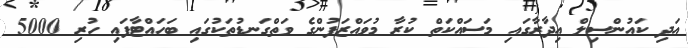
އަދި ކައުންސިލް އިދާރާގައި މަސައްކަތް ކުރާ މުވައްޒަފުންގެ ވަތްގަނޑުތަކުގައި ބަހައްޓާފައި ހުރި 5000